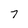
Character: 7